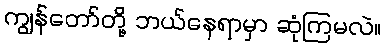
ကျွန်တော်တို့ ဘယ်နေရာမှာ ဆုံကြမလဲ။